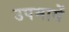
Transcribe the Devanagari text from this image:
उपमायें